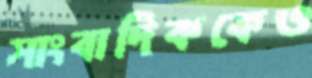
সাংবাদিককেও